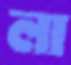
লা